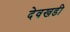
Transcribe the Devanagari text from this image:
देवखडी